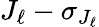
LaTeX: J_{\ell}-\sigma_{J_{\ell}}